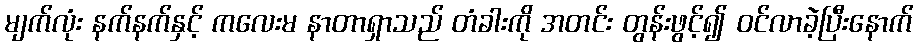
မျက်လုံး နက်နက်နှင့် ကလေးမ နာတာရှာသည် တံခါးကို အတင်း တွန်းဖွင့်၍ ဝင်လာခဲ့ပြီးနောက်